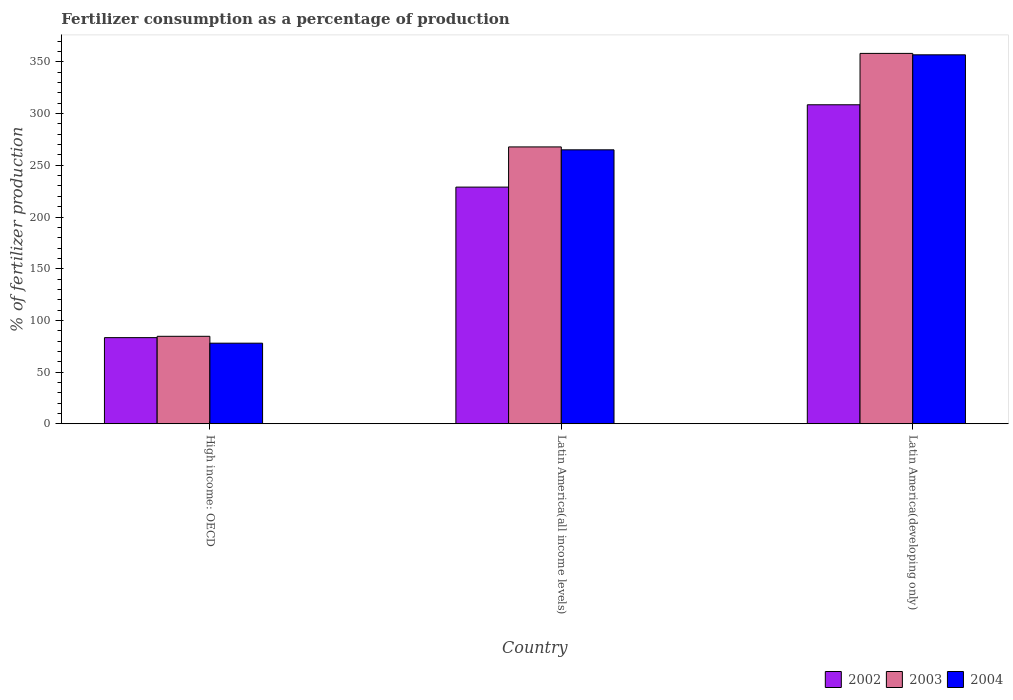
| Country | 2002 | 2003 | 2004 |
 | --- | --- | --- | --- |
 | High income: OECD | 83.3 | 84.6 | 77.9 |
 | Latin America(all income levels) | 229 | 268 | 265 |
 | Latin America(developing only) | 309 | 358 | 357 |